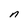
Character: n